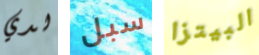
لدي سبل البيتزا